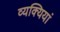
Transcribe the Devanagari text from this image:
व्यक्यियां